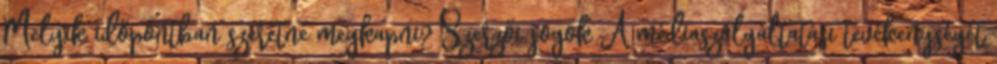
Melyik időpontban szeretné megkapni? Szerzői jogok A médiaszolgáltatási tevékenységét